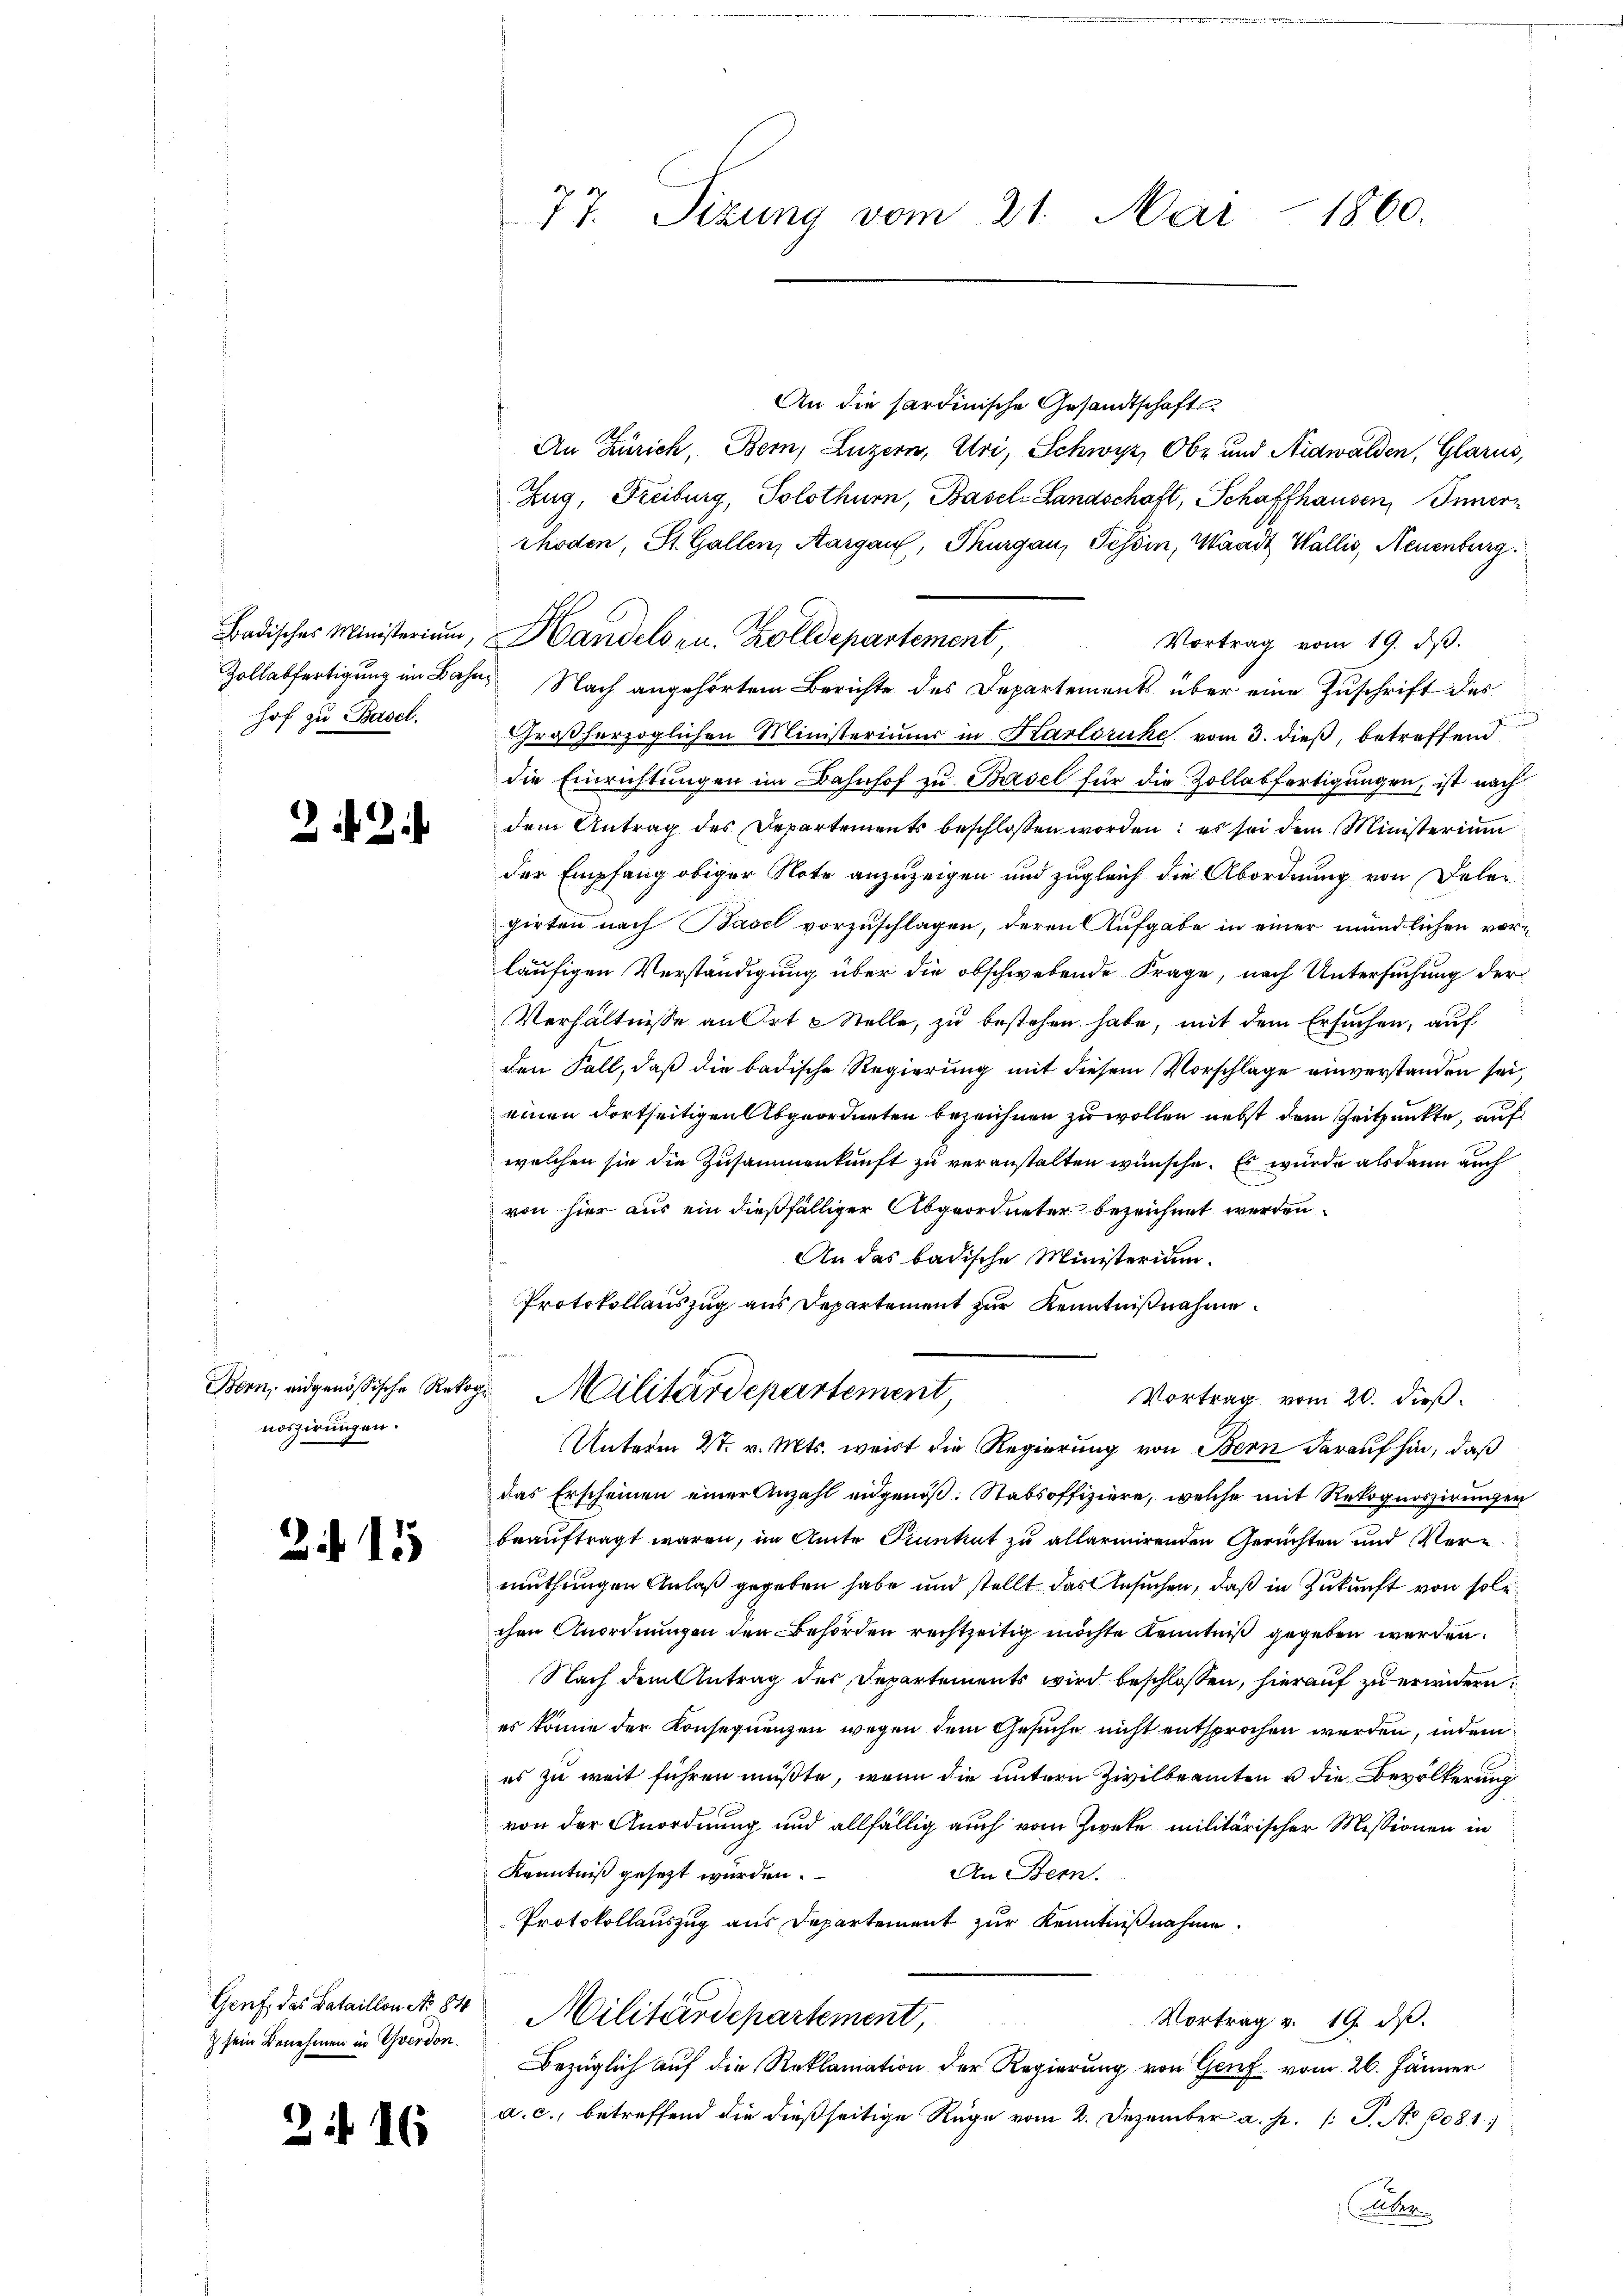
hof zu Basel.

22

Bern, eidgenößische Reko
noszirungen.

215

Genf, das Bataillon No 84
z sein Benehmen in Yverdon.

2 N 16

77. Sizung vom 21. Mai 1860.

An die sardinische Gesandtschafts
An Zürich, Bern, Luzern, Uri, Schwyz, Ob- und Nidwalden, Glarus,
Zug, Freiburg, Solothurn, Basel-Landschaft, Schaffhausen, Innern
rhoden, St. Gallen, Aargau, Thurgau, Tessin, Waadt, Wallis, Neuenburg.
Vortrag vom 19. d.
Zollabfertigung im Bahn, Nach angehörtem Berichte des Departements über eine Zuschrift des
Großherzoglichen Ministeriums in Karlsruhe vom 3. dieß, betreffend
die Einrichtungen im Bahnhof zu Basel für die Zollabfertigungen, ist nach
dem Antrag des Departements beschlossen worden: es sei dem Ministerium
der Empfang obiger Note anzuzeigen und zugleich die Abordnung von Deler
girten nach Basel vorzuschlagen, deren Aufgabe in einer mündlichen vorläufigen Verständigung über die obschwebende Frage, nach Untersuchung der
Verhältnisse an Ort & Stelle, zu bestehen habe, mit dem Ersuchen, auf
den Fall, daß die badische Regierung mit diesem Vorschlage einverstanden sei,
einen dortseitigen Abgeordneten bezeichnen zu wollen nebst dem Zeitpunkte, auf
welchen sie die Zusammenkunft zu veranstalten wünsche. Es wurde alsdann auch
von hier aus ein dießfälliger Abgeordneter bezeichnet werden.
An das badische Ministerium.
Protokollauszug aus Departement zur Kenntnißnahme
¬
 Militärdepartement,
Vortrag vom 20. Fuß.
Unterm 27. v. Mts. weit die Regierung von Bern darauf hin, daß
das Erscheinen einer Anzahl eidgenöß: Stabsoffiziere, welche mit Rekognoszirungen
beauftragt waren, im Amte Finnhut zu allarmirenden Gerichten und Vermuthungen Anlaß gegeben habe und stellt das Ansuchen, daß in Zukunft von soli
chen Anordnungen den Behörden rechtzeitig möchte Kenntniß gegeben werden.
Nach dem Antrag des Departements wird beschlossen, hierauf zu erwidern.
es könne der Konsequenzen wegen dem Gesuche nicht entsprochen werden, indem
es zu weit führen müßte, wenn die untern Zivilbeamten u die Bevölkerung
von der Anordnung und allfällig auch vom Zwecke militärischer Missionen in
Kenntniß gesezt wurden.
An Bern.
Protokollauszug aus Departement zur Kenntnißnahme.
Militärdepartement,
Vortrag v. 19. dβ.
bezüglich auf die Reklamation der Regierung von Genf vom 26. Jänner
a. c., betreffend die dießseitige Rüge vom 2. Dezember a. p. /: P. Nr. 1081
Liber

Badisches Ministeriam, Handels zu. Zolldepartement,